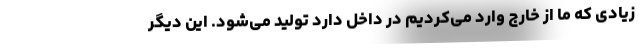
زیادی که ما از خارج وارد می‌کردیم در داخل دارد تولید می‌شود. این دیگر